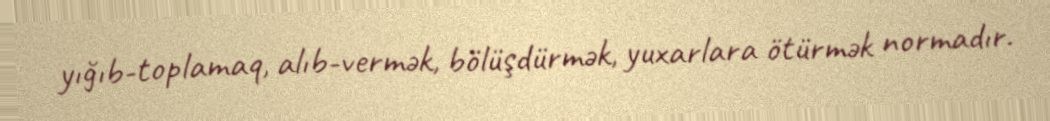
yığıb-toplamaq, alıb-vermək, bölüşdürmək, yuxarlara ötürmək normadır.